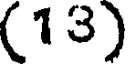
(13)